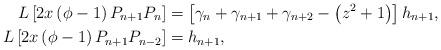
LaTeX: \begin{align*}L\left[ 2x\left( \phi-1\right) P_{n+1}P_{n}\right] & =\left[ \gamma_{n}+\gamma_{n+1}+\gamma_{n+2}-\left( z^{2}+1\right) \right] h_{n+1},\\L\left[ 2x\left( \phi-1\right) P_{n+1}P_{n-2}\right] & =h_{n+1},\end{align*}